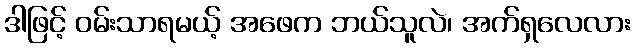
ဒါဖြင့် ဝမ်းသာရမယ့် အဖေက ဘယ်သူလဲ၊ အက်ရှလေလား